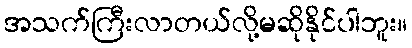
အသက်ကြီးလာတယ်လို့မဆိုနိုင်ပါဘူး။